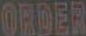
ORDER